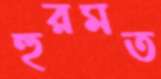
হুরমত